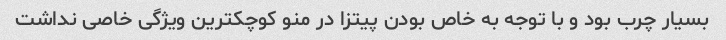
بسیار چرب بود و با توجه به خاص بودن پیتزا در منو کوچکترین ویژگی خاصی نداشت